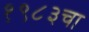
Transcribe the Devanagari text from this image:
१९८३चा